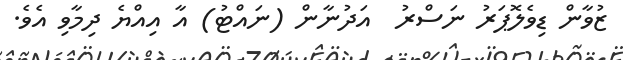
ޒުވާން ޑިވެލޮޕަރު ނަސްރު  އަދުނާން (ނައްޓު) އާ އިއްޔެ ދިމާވި އެވެ.